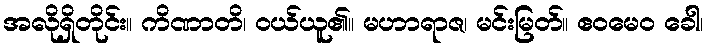
အလိုရှိတိုင်း။ ကိဏာတိ၊ ဝယ်ယူ၏။ မဟာရာဇ၊ မင်းမြတ်။ ဧဝမေဝ ခေါ၊